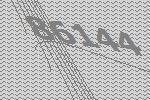
86144